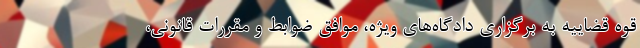
قوه قضاییه به برگزاری دادگاه‌های ویژه، موافق ضوابط و مقررات قانونی،